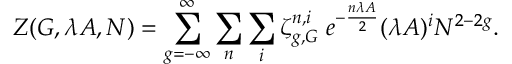
Z ( G , \lambda A , N ) = \sum _ { g = - \infty } ^ { \infty } \sum _ { n } \sum _ { i } \zeta _ { g , G } ^ { n , i } \; e ^ { - { \frac { n \lambda A } { 2 } } } ( \lambda A ) ^ { i } N ^ { 2 - 2 g } .